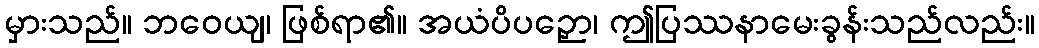
မှားသည်။ ဘဝေယျ၊ ဖြစ်ရာ၏။ အယံပိပဉှော၊ ဤပြဿနာမေးခွန်းသည်လည်း။